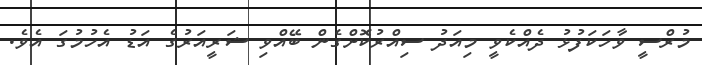
މުރްސީ ވާހަކަފުޅު ދެއްކެވީ މިއަދު ސިއްރުކޮށްގެން ބޭއްވި ޝަރީއަރުގެ އަޑު އެހުމުގަ އެވެ.